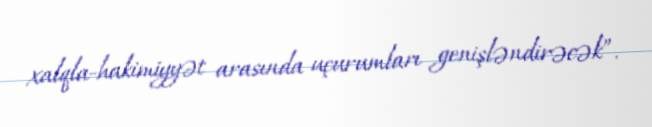
xalqla-hakimiyyət arasında uçurumları genişləndirəcək”.